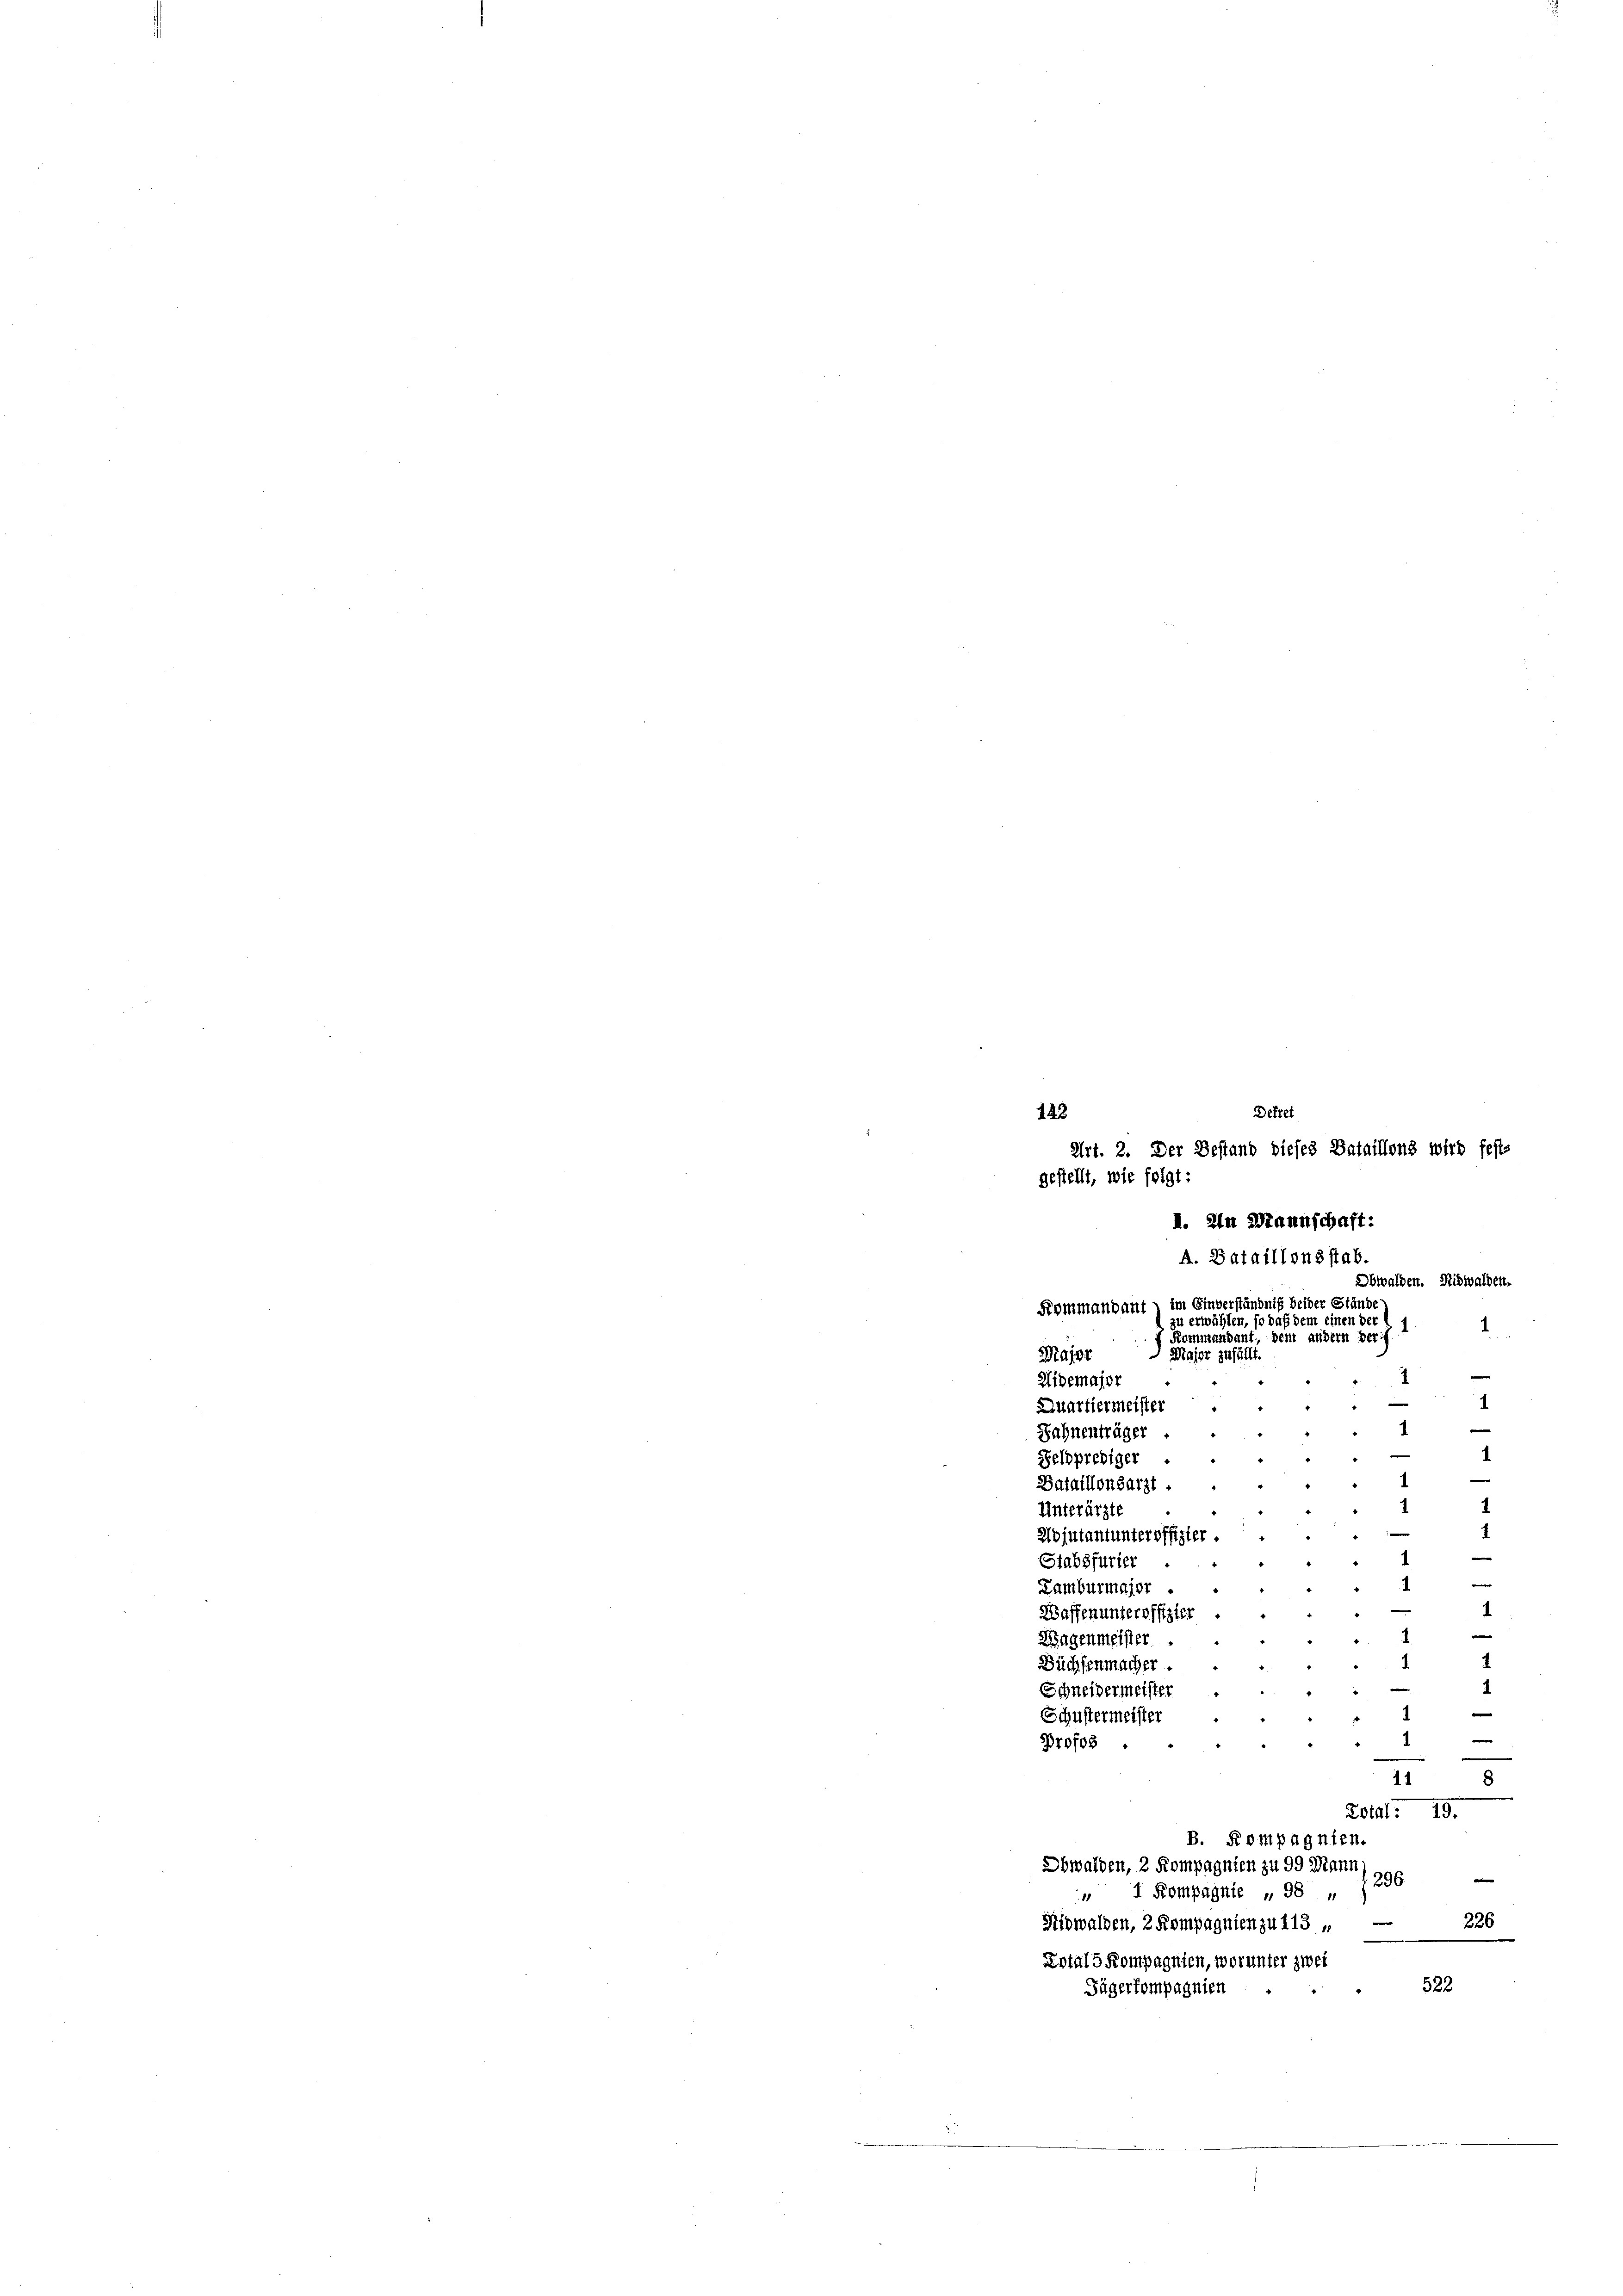
g
Quartiermeister
e
e
Zahnenträger
1
e
s
Feldprediger
e
e
e
Bataillonsarzt.
8
Unterärzt,
Wojutantunteroffizier.
x
|
Stabsfurier
e
e
Lamburmajor
1
Waffen unteroffizie
Wagenmeister
s
1
Büchsenmacher
Schneidermeister
n
e
Schustermeister
e
Profes . . . . . 1
11
8
LAI. 19.
B. Rompagnien.
Obwalden, 2 Kompagnien zu 99 Mann
d
1 Kompagnie „ 98, 1296
Nidwalden, 2 Kompagnien zu 113 „ —
22.
Zotals Kompagnien, worunter zwei
522
Tägerkompagnien

142

Dekret
Art. 2. Der Bestand dieses Bataillons wird fest-
gestellt, wie folgt:
I. In Mannschaft:
A. Bataillonsstab.
Obwalden. Nidwalden.
Sommandant im Einverständnis beider Stände
.
u erwählen, so daß dem einen der A
Kommandant, dem andern der f
Maist
 Major zufällt.
e
.
Aidemajor